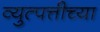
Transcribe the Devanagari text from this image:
व्युत्पत्तीच्या